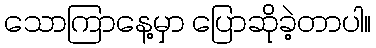
သောကြာနေ့မှာ ပြောဆိုခဲ့တာပါ။